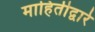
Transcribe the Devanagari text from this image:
माहितीद्वारे